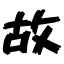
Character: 故